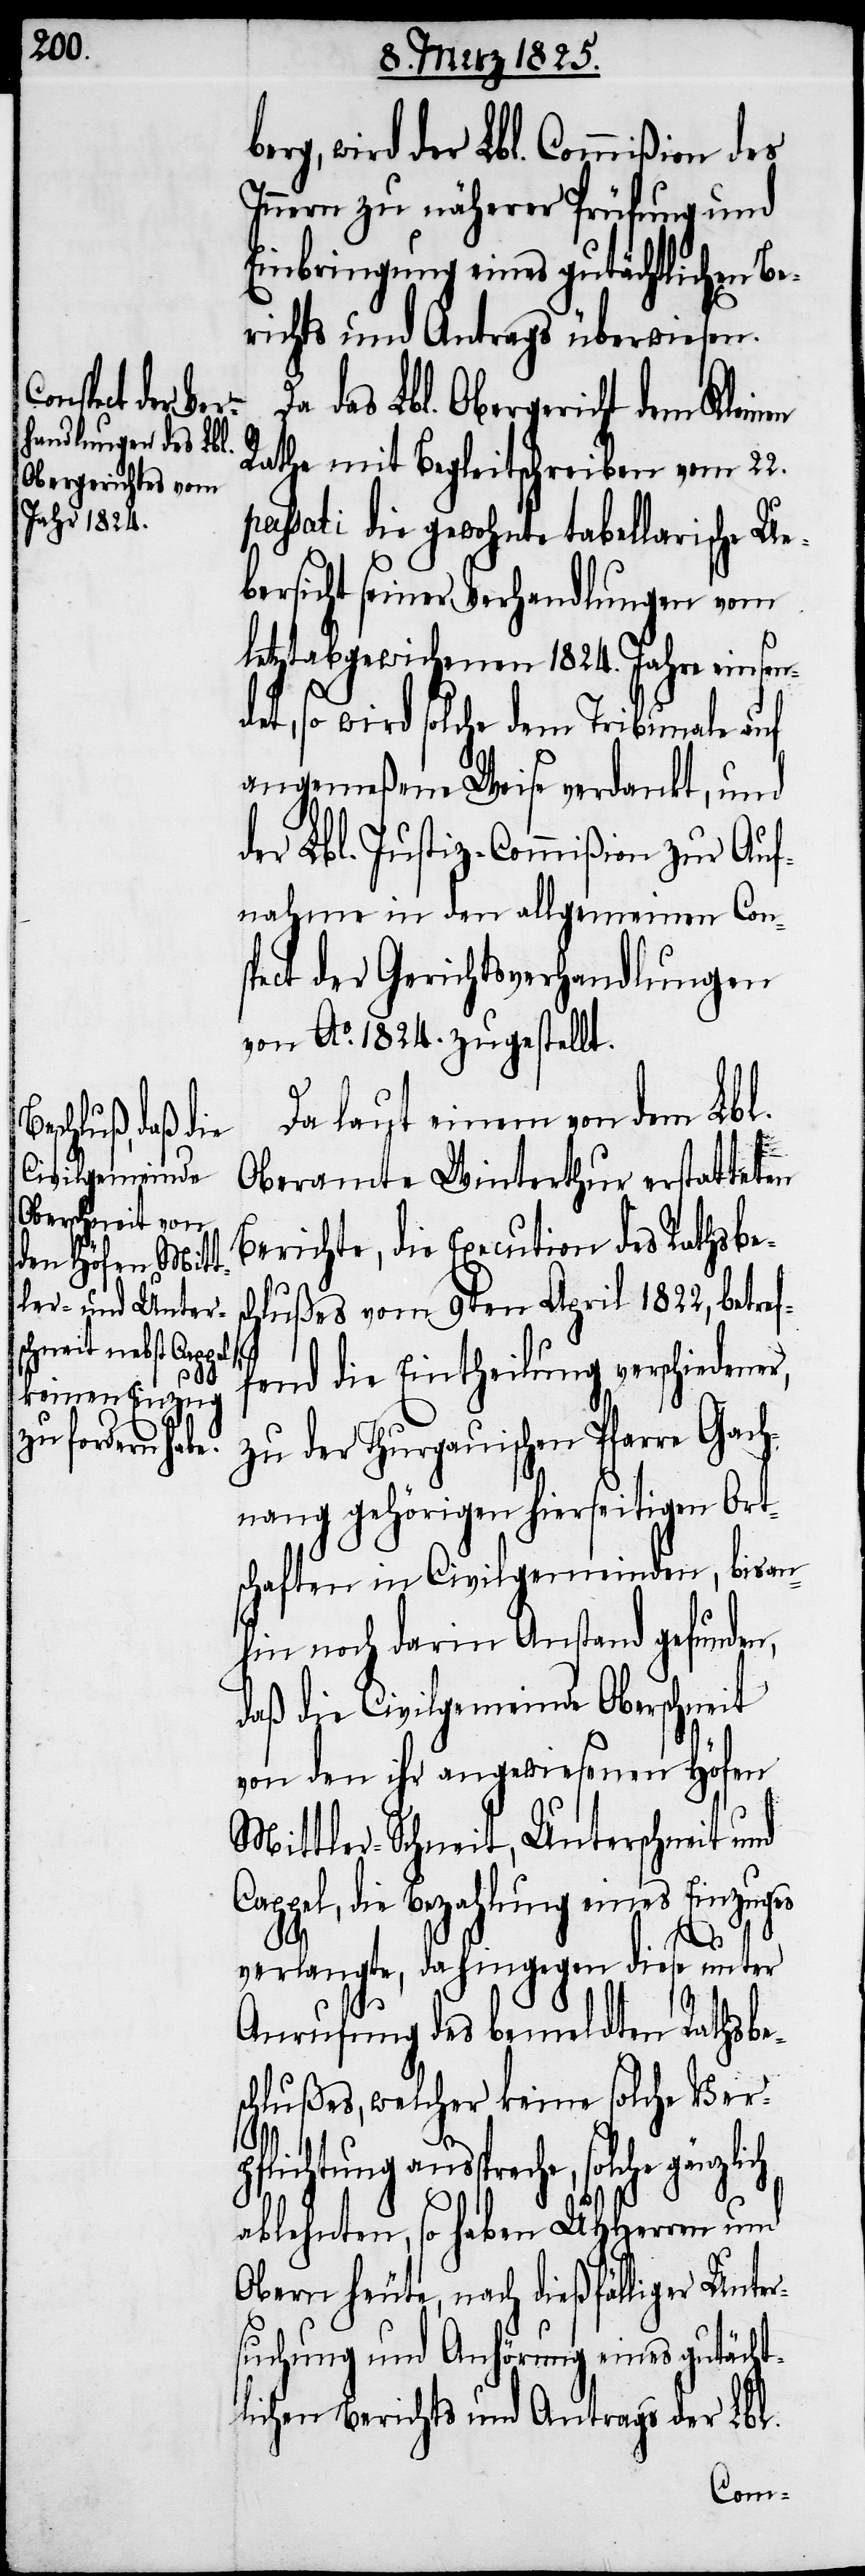
d¬

wird der Lbl. Commißion des
Innern zu näherer Prüfung und
Einbringung eines gutächtlichen Be¬
richts und Antrag überwiesen.
das Lbl. Obergericht dem Klein¬
Rathe mit Begleitschreiben vom 22.
passati die gewohnte tabellarische Ue¬
bersicht seiner Verhandlungen vom
letztabgewichenen 1824. Jahre einsen¬
et, so wird solche dem Tribunale auf
angemeßene Weise verdankt, und
der Lbl. Justiz-Commißion zur Auf¬
nahme in den allgemeinen Con¬
spect der Gerichtsverhandlungen
von Ao. 1824. zugestellt.
Da laut einem von dem Lbl.
Oberamte Winterthur erstatteten
Berichte, die Execution des Rathsbe¬
chlußes vom 9ten April 1822, betref¬
fend die Eintheilung verschiedene¬
zu der Thurgauischen Pfarre Gach¬
nang gehörigen hierseitigen Ort¬
schaften in Civilgemeinden, bisan¬
hin noch darin Anstand gefunden,
daß die Civilgemeinde Oberschneit
von den ihr angewiesenen Höfen
Mittler-Schneit, Unterschneit und
Cappel, die Bezahlung eines Einzuges
s¬
ch
verlangte, dahingegen diese unter
Anrufung des bemeldten Rathsbe¬
chlußes, welcher keine solche Ver¬
pflichtung ausspreche, solche gänzli¬
ablehnten, so haben UHHerren und
Obern heute, nach dießfälliger Unter¬
suchung und Anhörung eines gutächt¬
lichen Berichts und Antrags der Lbl.